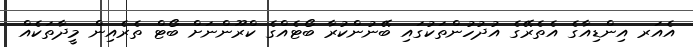
އެއަރ އިންޑިއާގެ އެތެރޭގެ އުދުހުންތަކުގައި ބޭނުންކުރާ ބޯޓެއްގެ ކްރޫންނަށް ބޯޓް ތެރެއިން މީދާތަކެއް